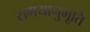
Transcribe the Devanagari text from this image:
समयानुभूति